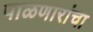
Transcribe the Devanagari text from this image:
पाळणारांचा